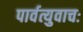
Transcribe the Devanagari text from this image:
पार्वत्युवाचः